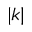
| k |